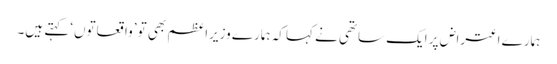
ہمارے اعتراض پر ایک ساتھی نے کہا کہ ہمارے وزیرِاعظم بھی تو ’واقعاتوں‘ کہتے ہیں۔